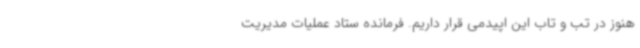
هنوز در تب و تاب این اپیدمی قرار داریم. فرمانده ستاد عملیات مدیریت